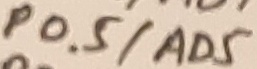
Text: P0.5/AD5